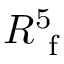
R _ { \mathrm { ~ f ~ } } ^ { 5 }